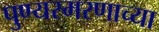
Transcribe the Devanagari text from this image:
पुण्यस्मरणाच्या